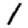
Digit: 1